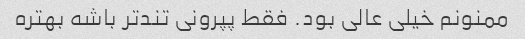
ممنونم خیلی عالی بود. ‌فقط پپرونی تندتر باشه بهتره